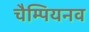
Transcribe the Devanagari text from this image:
चैम्पियनव